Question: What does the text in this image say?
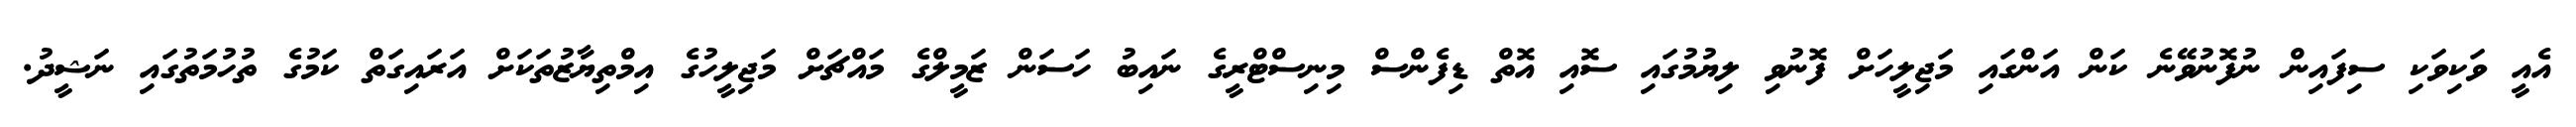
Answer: އެއީ ވަކިވަކި ސިފައިން ނުފޮނުވޭނެ ކަން އަންގައި މަޖިލީހަށް ފޮނުވި ލިޔުމުގައި ސޮއި އޮތް ޑިފެންސް މިނިސްޓްރީގެ ނައިބު ހަސަން ޒަމީލްގެ މައްޗަށް މަޖިލީހުގެ އިމްތިޔާޒުތަކަށް އަރައިގަތް ކަމުގެ ތުހުމަތުގައި ނަޝީދު.